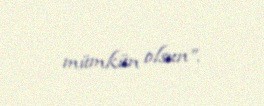
mümkün olsun”.